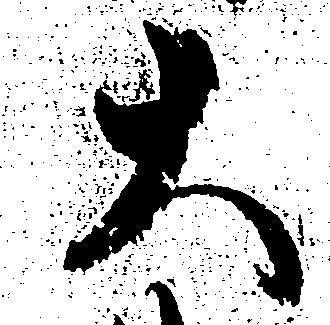
大